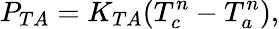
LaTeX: P_{TA}=K_{TA}(T_{c}^{n}-T_{a}^{n}),